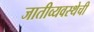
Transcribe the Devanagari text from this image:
जातीव्यवस्थेची